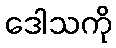
ဒေါသကို